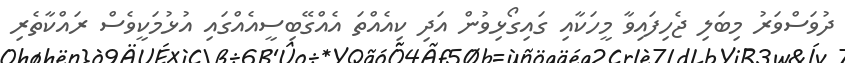
ދުވަސްވަރު މިބަލި ޖެހިފައިވާ މީހަކާއި ގައިގޯޅިވުން އަދި ކިއެއްތަ އެއްގޭބިސީއެއްގައި އުޅުމަކީވެސް ރައްކާތެރި